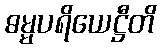
ဓမ္မပရိယေဋ္ဌီတိ